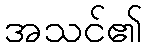
အသင်၏